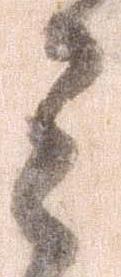
ミ